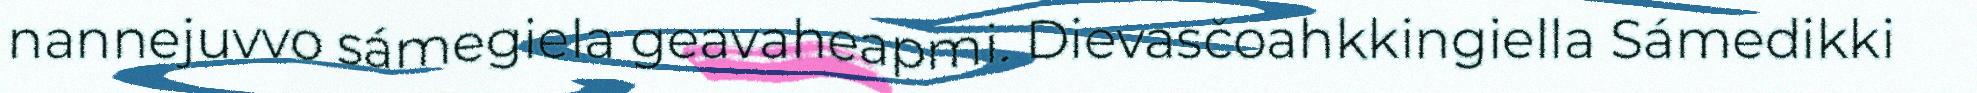
nannejuvvo sámegiela geavaheapmi. Dievasčoahkkingiella Sámedikki